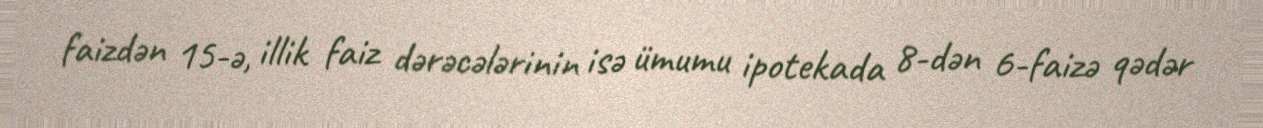
faizdən 15-ə, illik faiz dərəcələrinin isə ümumu ipotekada 8-dən 6-faizə qədər